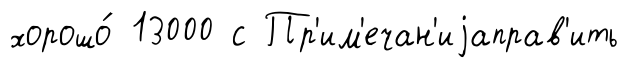
хорошо́ 13000 с Пр'им'ечан'иjаправ'ить